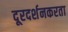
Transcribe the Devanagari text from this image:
दूरदर्शनकरता